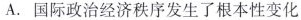
A.国际政治经济秩序发生了根本性变化